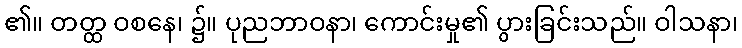
၏။ တတ္ထ ဝစနေ၊ ၌။ ပုညဘာဝနာ၊ ကောင်းမှု၏ ပွားခြင်းသည်။ ဝါသနာ၊